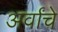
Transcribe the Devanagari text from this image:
अर्वांचे